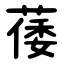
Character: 䔀